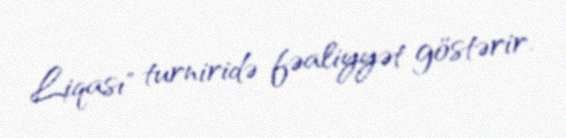
Liqası" turniridə fəaliyyət göstərir.